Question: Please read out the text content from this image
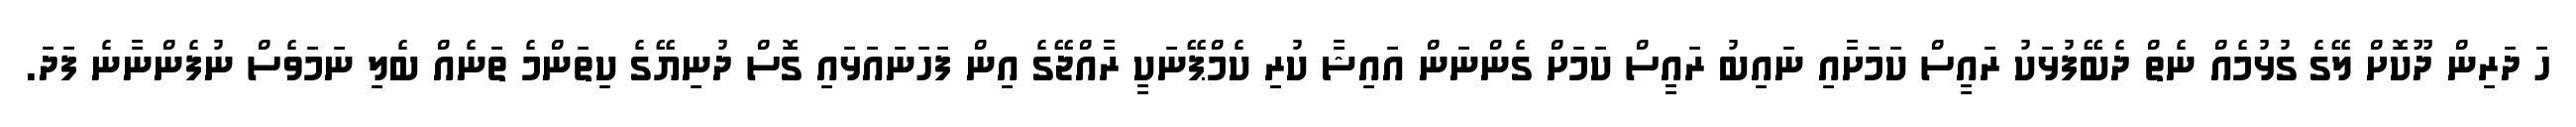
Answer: ހަ ދަރިން ދޫކޮށް ލޭގެ ގުޅުމެއް ނެތް ދެބޭފުޅަކު ރައީސް ކަމަށާއި ނައިބު ރައީސް ކަމަށް ގެންނަން އައިޝާ ކުރި ކެމްޕޭނަކީ ރާއްޖޭގެ އިން ފަހަނައަޅައި ގޮސް ދުނިޔޭގެ ކިތަންމެ ތަނެއް ބެލި ނަމަވެސް ނުފެންނާނެ ފަދަ.